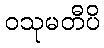
ဝသုမတီပိ